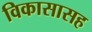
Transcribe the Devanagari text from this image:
विकासासह